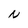
Character: N